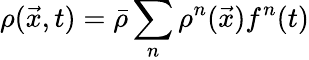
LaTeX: \rho(\vec{x},t)=\bar{\rho}\sum_{n}\rho^{n}(\vec{x})f^{n}(t)